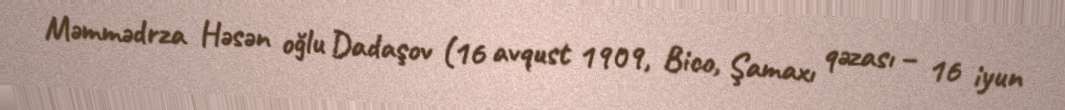
Məmmədrza Həsən oğlu Dadaşov (16 avqust 1909, Bico, Şamaxı qəzası – 16 iyun